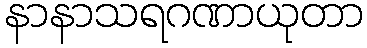
နာနာသရဂဏာယုတာ